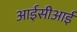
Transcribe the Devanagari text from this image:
आईसीआई